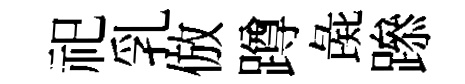
祀乳倣蹲彘𨅶